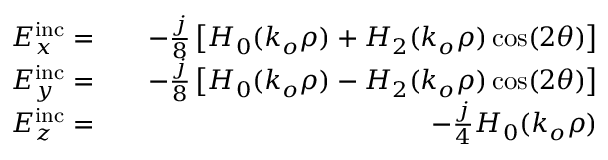
\begin{array} { r l r } { E _ { x } ^ { \mathrm { i n c } } = } & { { } } & { - \frac { j } { 8 } \left[ H _ { 0 } ( k _ { o } \rho ) + H _ { 2 } ( k _ { o } \rho ) \cos ( 2 \theta ) \right] } \\ { E _ { y } ^ { \mathrm { i n c } } = } & { { } } & { - \frac { j } { 8 } \left[ H _ { 0 } ( k _ { o } \rho ) - H _ { 2 } ( k _ { o } \rho ) \cos ( 2 \theta ) \right] } \\ { E _ { z } ^ { \mathrm { i n c } } = } & { { } } & { - \frac { j } { 4 } H _ { 0 } ( k _ { o } \rho ) } \end{array}